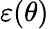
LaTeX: \varepsilon(\theta)